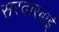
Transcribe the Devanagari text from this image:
सरदारबाई